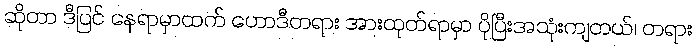
ဆိုတာ ဒီပြင် နေရာမှာထက် ဟောဒီတရား အားထုတ်ရာမှာ ပိုပြီးအသုံးကျတယ်၊ တရား